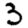
Digit: 3